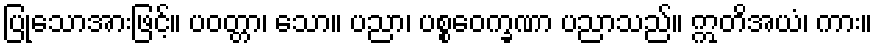
ပြုသောအားဖြင့်။ ပဝတ္တာ၊ သော။ ပညာ၊ ပစ္စဝေက္ခဏာ ပညာသည်။ ဣတိအယံ၊ ကား။